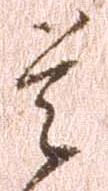
是